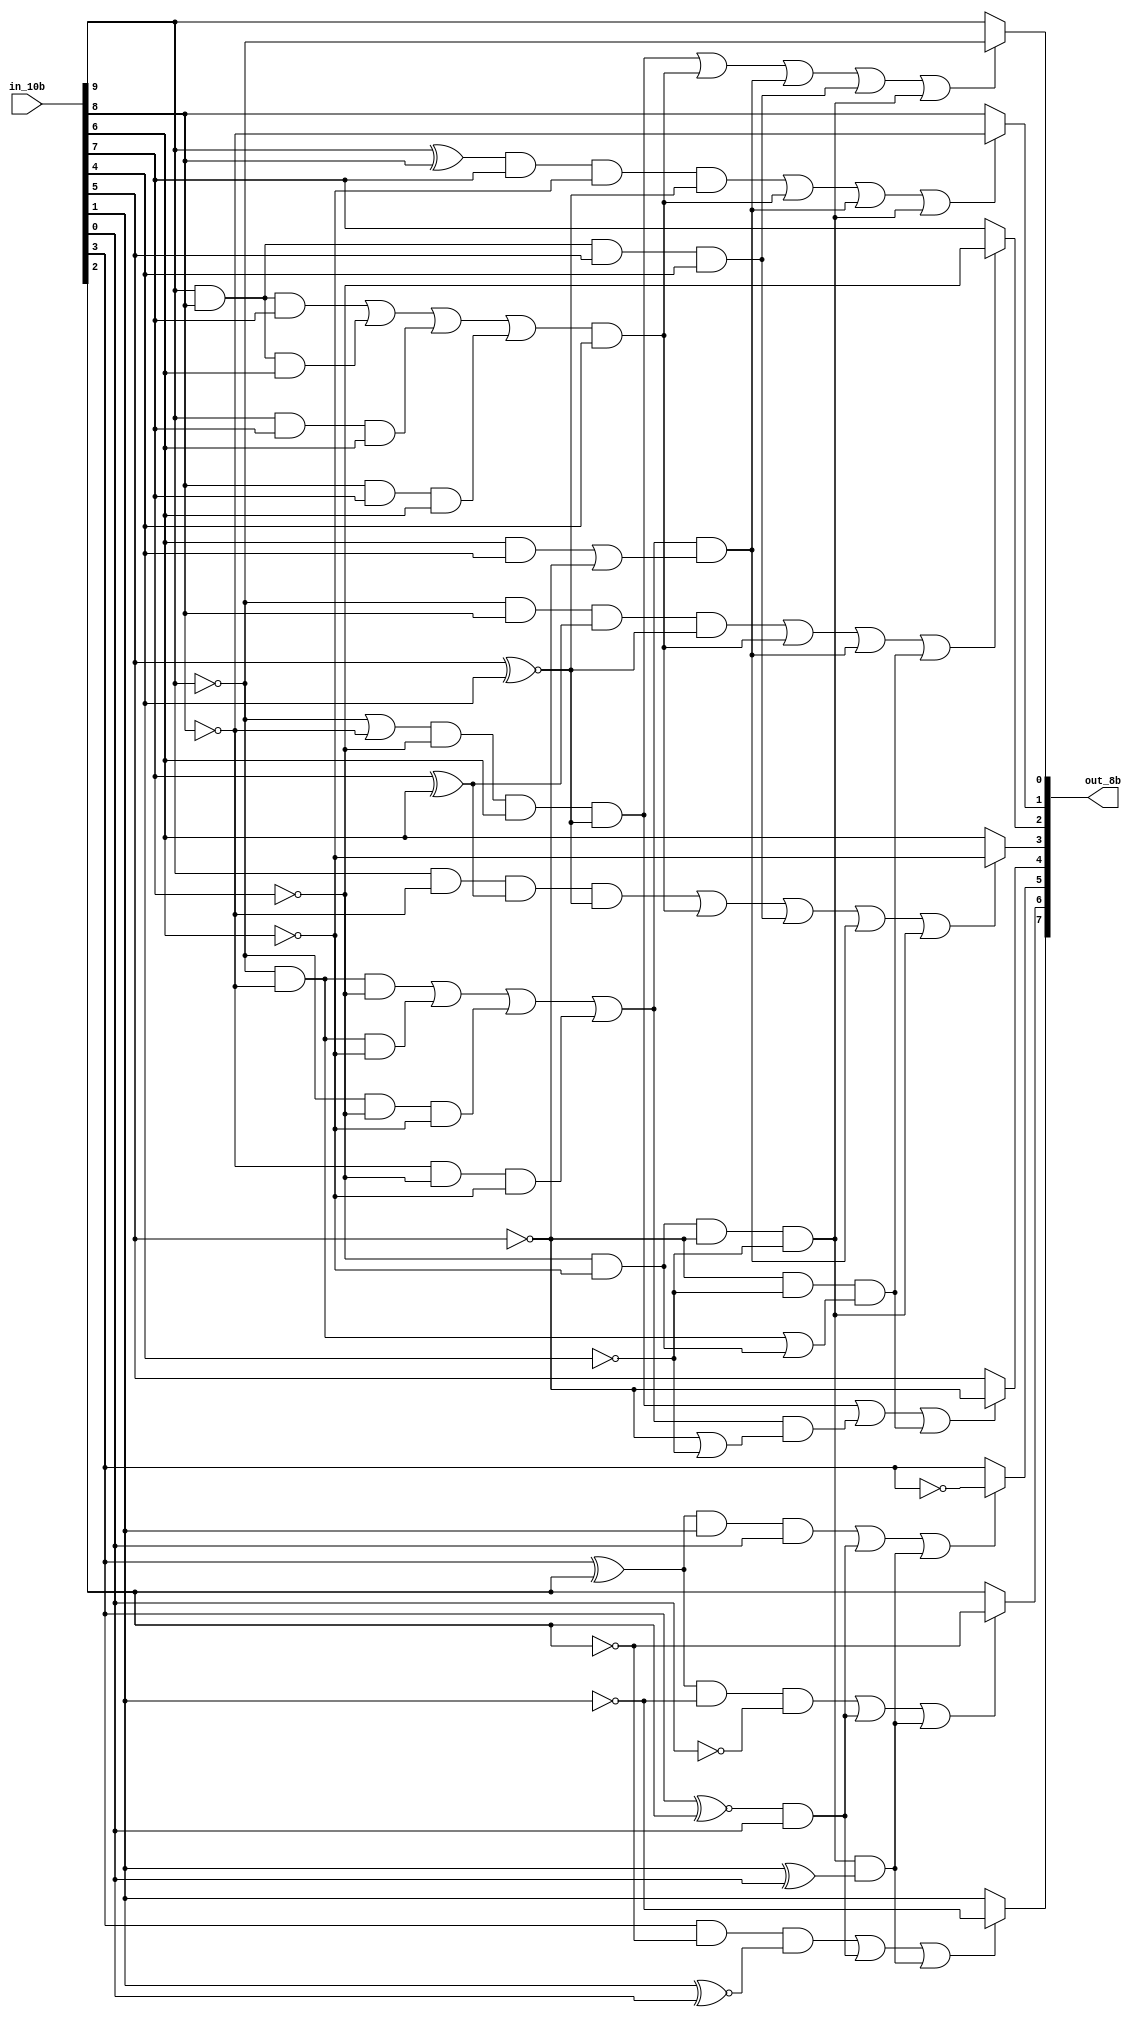
`timescale 1 ns/ 1 ps
module decoder(in_10b, out_8b);

input wire [9:0] in_10b;
wire a, b, c, d, e, i, f, g, h, j, P3x, Px3;
output reg [7:0] out_8b;


	assign a = in_10b[9];
	assign b = in_10b[8];
	assign c = in_10b[7];
	assign d = in_10b[6];
	assign e = in_10b[5];
	assign i = in_10b[4];
	assign f = in_10b[3];
	assign g = in_10b[2];
	assign h = in_10b[1];
	assign j = in_10b[0];
	
	assign P3x = (a&b&c)||(a&b&d)||(a&c&d)||(b&c&d);
	assign Px3 = ((~a)&(~b)&(~c))||((~a)&(~b)&(~d))||((~a)&(~c)&(~d))||((~b)&(~c)&(~d));



always @(*)
begin
	
	////////////////////////////////     A     ////////////////////////////////////
 	if(((~a||~b)&(~c)&d&(e~^i)||(P3x&i)||(Px3&(d&i||(~e)))||(a&b&e&i)||((~c)&(~d)&(~e)&(~i)))==1)
		begin
		out_8b[0] = ~a;
		end
	else
		begin
		out_8b[0] = a;
		end
	////////////////////////////////     B     ////////////////////////////////////	
	if((((a^b)&c&(~d)&(e~^i))||(P3x&i)||(Px3&(d&i||(~e)))||((~c)&(~d)&(~e)&(~i)))==1)
		begin
		out_8b[1] = ~b;
		end
	else
		begin
		out_8b[1] = b;
		end
		
	////////////////////////////////     C     ////////////////////////////////////
	if((((~a)&b&(c^d)&(e~^i))||((P3x&i))||(Px3&(d&i||(~e)))||((~e)&(~i)&(((~a)&(~b))||((~c)&(~d)))))==1)
		begin
		out_8b[2] = ~c;
		end
	else
		begin
		out_8b[2] = c;
		end
	////////////////////////////////     D     ////////////////////////////////////
	if(((a&(~b)&(c^d)&(e~^i))||(P3x&i)||(a&b&e&i)||(Px3&(d&i||(~e)))||((~c)&(~d)&(~e)&(~i)))==1)
		begin
		out_8b[3] = ~d;
		end
	else
		begin
		out_8b[3] = d;
		end

	////////////////////////////////     E     ////////////////////////////////////
	if(((((~a)||(~b))&(~c)&d&(e~^i))||(Px3&((~e)||(~i)))||((~e)&(~i)&(((~a)&(~b))||((~c)&(~d)))))==1)
		begin
		out_8b[4] = ~e;
		end
	else
		begin
		out_8b[4] = e;
		end
	
	////////////////////////////////     F    ////////////////////////////////////
	if((((f^g)&h&j)||(f~^g)&j||((~c)&(~d)&(~e)&(~i)&(h^j)))==1)
		begin
		out_8b[5] = ~f;
		end
	else
		begin
		out_8b[5] = f;
		end
		
	////////////////////////////////     G     ////////////////////////////////////
	if((((f^g)&~h&~j)||((f~^g)&j)||(~c&~d&~e&~i&(h^j)))==1)
		begin
		out_8b[6] = ~g;
		end
	else
		begin
		out_8b[6] = g;
		end
		

	////////////////////////////////     H     ////////////////////////////////////
	if(((f&~g&(h~^j))||((f~^g)&j)||(~c&~d&~e&~i&(h^j)))==1)
		begin
		out_8b[7] = ~h;
		end
	else
		begin
		out_8b[7] = h;
		end
	
end


endmodule